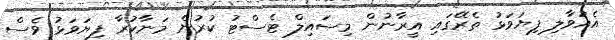
އެއުވާލި ފިޔަވަޅު ތެރޭގައި އީރާނުން މިސައިލް ޓެސްޓު ކުރުން މަނާކުރާ ފިޔަވަޅު ވެސް